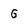
Character: G